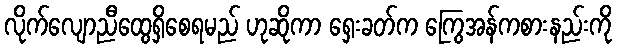
လိုက်လျောညီထွေရှိစေရမည် ဟုဆိုကာ ရှေးခတ်က ကြွေအန်ကစားနည်းကို